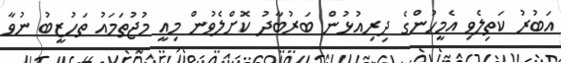
އަބުރު ކަތިލެވި އެމީހުންގެ ދިރިއުޅުން ބަރުބާދު ކޮށްލެވުން މިއީ މުޖުތަމައު ތަހުޒީބު ނުވާ